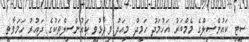
ސީޓި ކައުންސިލްގެ މެމްބަރު އަހުމަދު ހަމީދް މިއަދު ވިދާޅުވީ ކައުންސިލްތަކުގެ ދައުރު ހަމަވާތީ